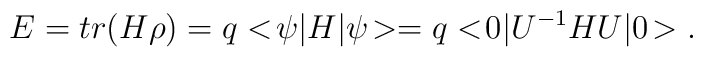
E = tr(H\rho) = q<\!\psi|H|\psi\!> = q<\!0|U^{-1}HU|0\!>.